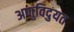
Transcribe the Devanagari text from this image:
अणुविदुयत